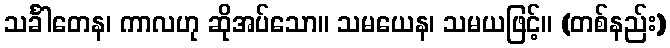
သင်္ခါတေန၊ ကာလဟု ဆိုအပ်သော။ သမယေန၊ သမယဖြင့်။ (တစ်နည်း)